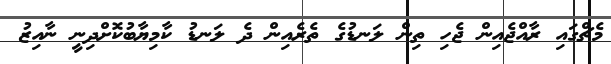
މެޗްގައި ރާއްޖެއިން ޖެހި ތިން ލަނޑުގެ ތެރެއިން ދެ ލަނޑު ކާމިޔާބުކޮށްދިނީ ނާއިޒު